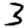
Digit: 3